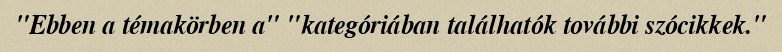
"Ebben a témakörben a" "kategóriában találhatók további szócikkek."